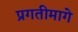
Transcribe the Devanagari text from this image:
प्रगतीमागे